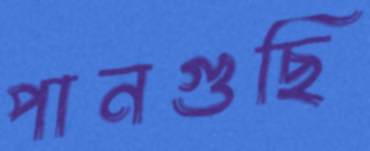
পানগুছি